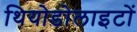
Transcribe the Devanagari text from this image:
थियोडोलाइटों